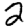
Digit: 2